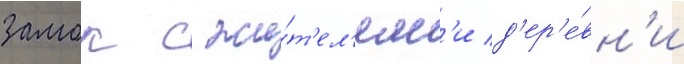
замок с жи́т'ел'ям'и д'ер'е́вн'и